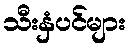
သီးနှံပင်များ